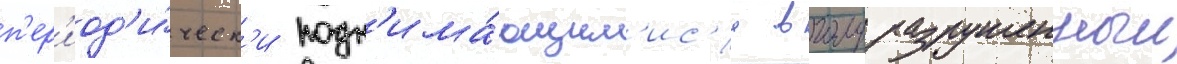
п'ер'иод'и́ческ'и подн'има́ющим'ис'я в полуразрушенныи